画像に写った文字を読んでください
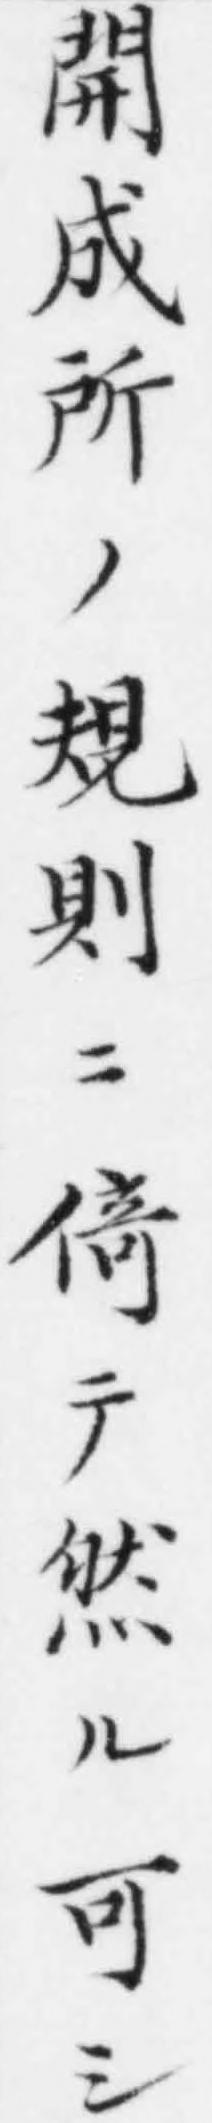
「開成所ノ規則ニ𠋣テ然ル可シ」と書いてあります